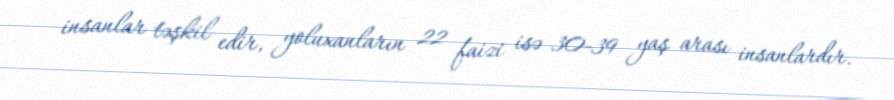
insanlar təşkil edir, yoluxanların 22 faizi isə 30-39 yaş arası insanlardır.